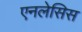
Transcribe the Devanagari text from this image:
एनलेसिस